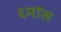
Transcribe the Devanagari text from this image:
६मांस